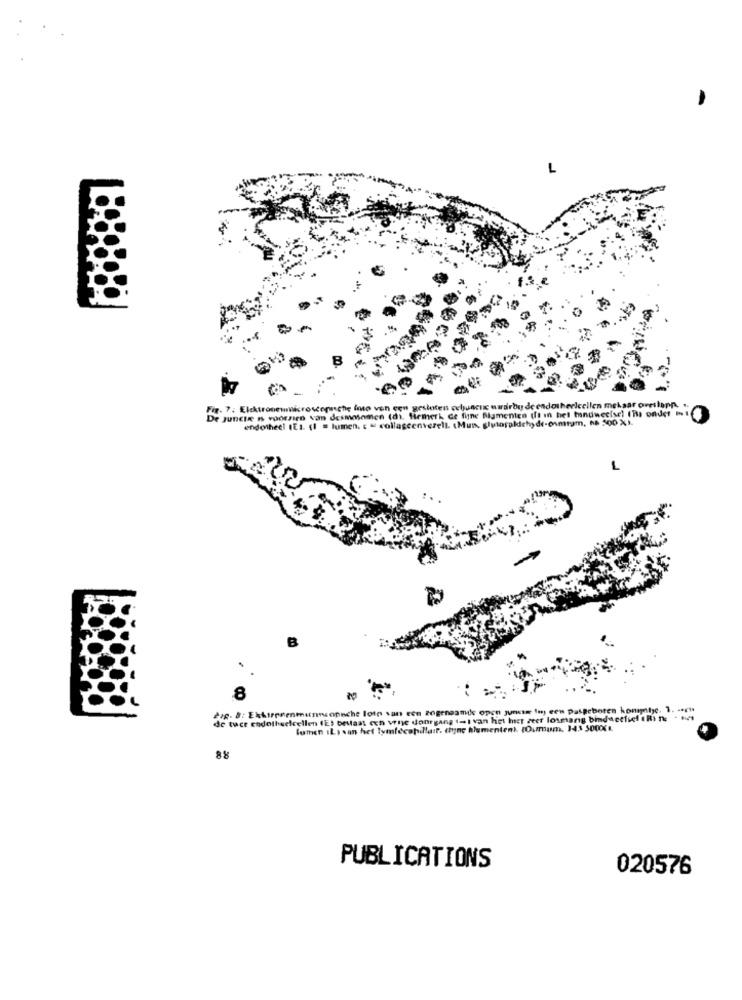
L
For- 7: Elektronewmicroscopnchę (mo ven een gesloten ochuncu wardirbude endothericellen mekaar oveslapp. ..
De Juncie is voorzien van desmosomen (di. Hemerk de fine figmenten (fi in het tunuwecise! (Th onde! ...
endotheel 1E1. (1 = lumen. c " collageenvezell. Mun. gilaraldehyde-osmram, ha 500 %).
L
B
.8
dig- 8: Ekkirenenmarcopinche lotn van een zogenaamde open junte Iny een pasgeboren konnte. 1. - acht
de tuce endotheelcellen (E) bestaat cen vrije doorgang ti van het het zeet losmang bidsectief Rin; . .
lumen IL) san het lymfecapillair. chyne hlumentent. (Oumum, 143 5000€
8 8
PUBLICATIONS
020576